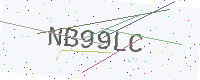
Text: NB99LC